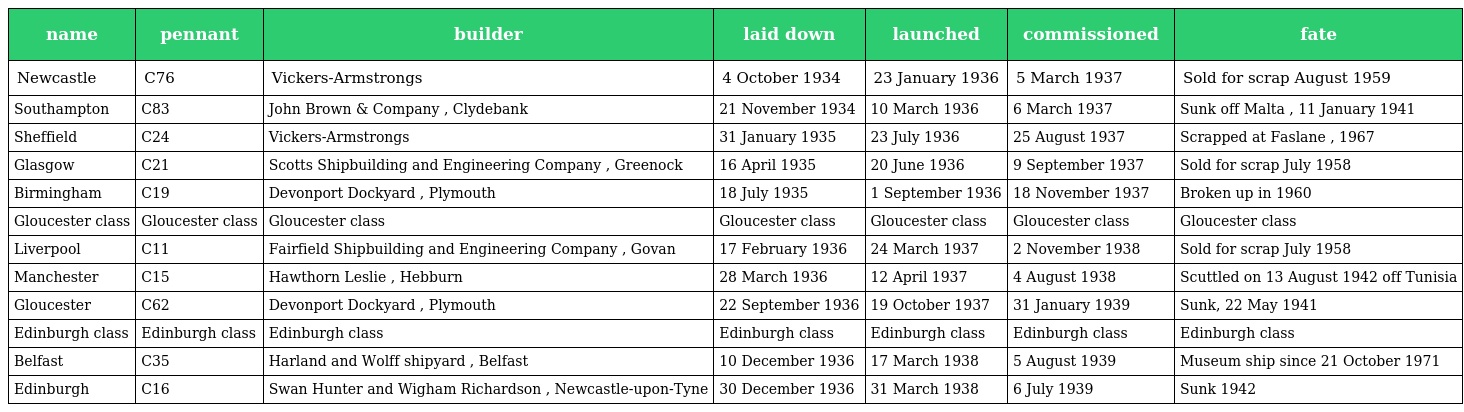
| name | pennant | builder | laid down | launched | commissioned | fate |
 | --- | --- | --- | --- | --- | --- | --- |
 | Newcastle | C76 | Vickers-Armstrongs | 4 October 1934 | 23 January 1936 | 5 March 1937 | Sold for scrap August 1959 |
 | Southampton | C83 | John Brown & Company , Clydebank | 21 November 1934 | 10 March 1936 | 6 March 1937 | Sunk off Malta , 11 January 1941 |
 | Sheffield | C24 | Vickers-Armstrongs | 31 January 1935 | 23 July 1936 | 25 August 1937 | Scrapped at Faslane , 1967 |
 | Glasgow | C21 | Scotts Shipbuilding and Engineering Company , Greenock | 16 April 1935 | 20 June 1936 | 9 September 1937 | Sold for scrap July 1958 |
 | Birmingham | C19 | Devonport Dockyard , Plymouth | 18 July 1935 | 1 September 1936 | 18 November 1937 | Broken up in 1960 |
 | Gloucester class | Gloucester class | Gloucester class | Gloucester class | Gloucester class | Gloucester class | Gloucester class |
 | Liverpool | C11 | Fairfield Shipbuilding and Engineering Company , Govan | 17 February 1936 | 24 March 1937 | 2 November 1938 | Sold for scrap July 1958 |
 | Manchester | C15 | Hawthorn Leslie , Hebburn | 28 March 1936 | 12 April 1937 | 4 August 1938 | Scuttled on 13 August 1942 off Tunisia |
 | Gloucester | C62 | Devonport Dockyard , Plymouth | 22 September 1936 | 19 October 1937 | 31 January 1939 | Sunk, 22 May 1941 |
 | Edinburgh class | Edinburgh class | Edinburgh class | Edinburgh class | Edinburgh class | Edinburgh class | Edinburgh class |
 | Belfast | C35 | Harland and Wolff shipyard , Belfast | 10 December 1936 | 17 March 1938 | 5 August 1939 | Museum ship since 21 October 1971 |
 | Edinburgh | C16 | Swan Hunter and Wigham Richardson , Newcastle-upon-Tyne | 30 December 1936 | 31 March 1938 | 6 July 1939 | Sunk 1942 |